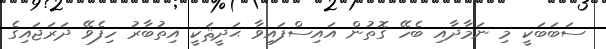
ސަބަބަކީ މި ނަމާދާއި ބެހޭ ގޮތުން އައިސްފައިވާ ޙަދީޘަކީ އިތުބާރު ހިފެވޭ ދަރަޖައިގެ